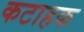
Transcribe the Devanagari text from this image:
कटाहक